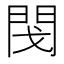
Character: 𨳮